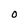
Character: 0